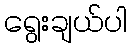
ရွေးချယ်ပါ